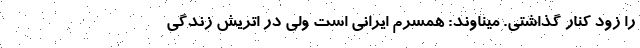
را زود كنار گذاشتي. ميناوند: همسرم ايراني است ولي در اتريش زندگي